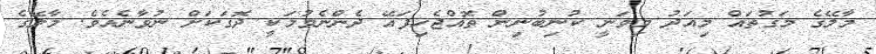
މާލޭގެ މަގުތައް މިއަދު މިވަނީ ކުނިބުނިން ތޮއްޖެހިފައޭ ދެންނެވުމަކީ ދޮގަކަށް ނުވާނެއެވެ. މާލޭގެ